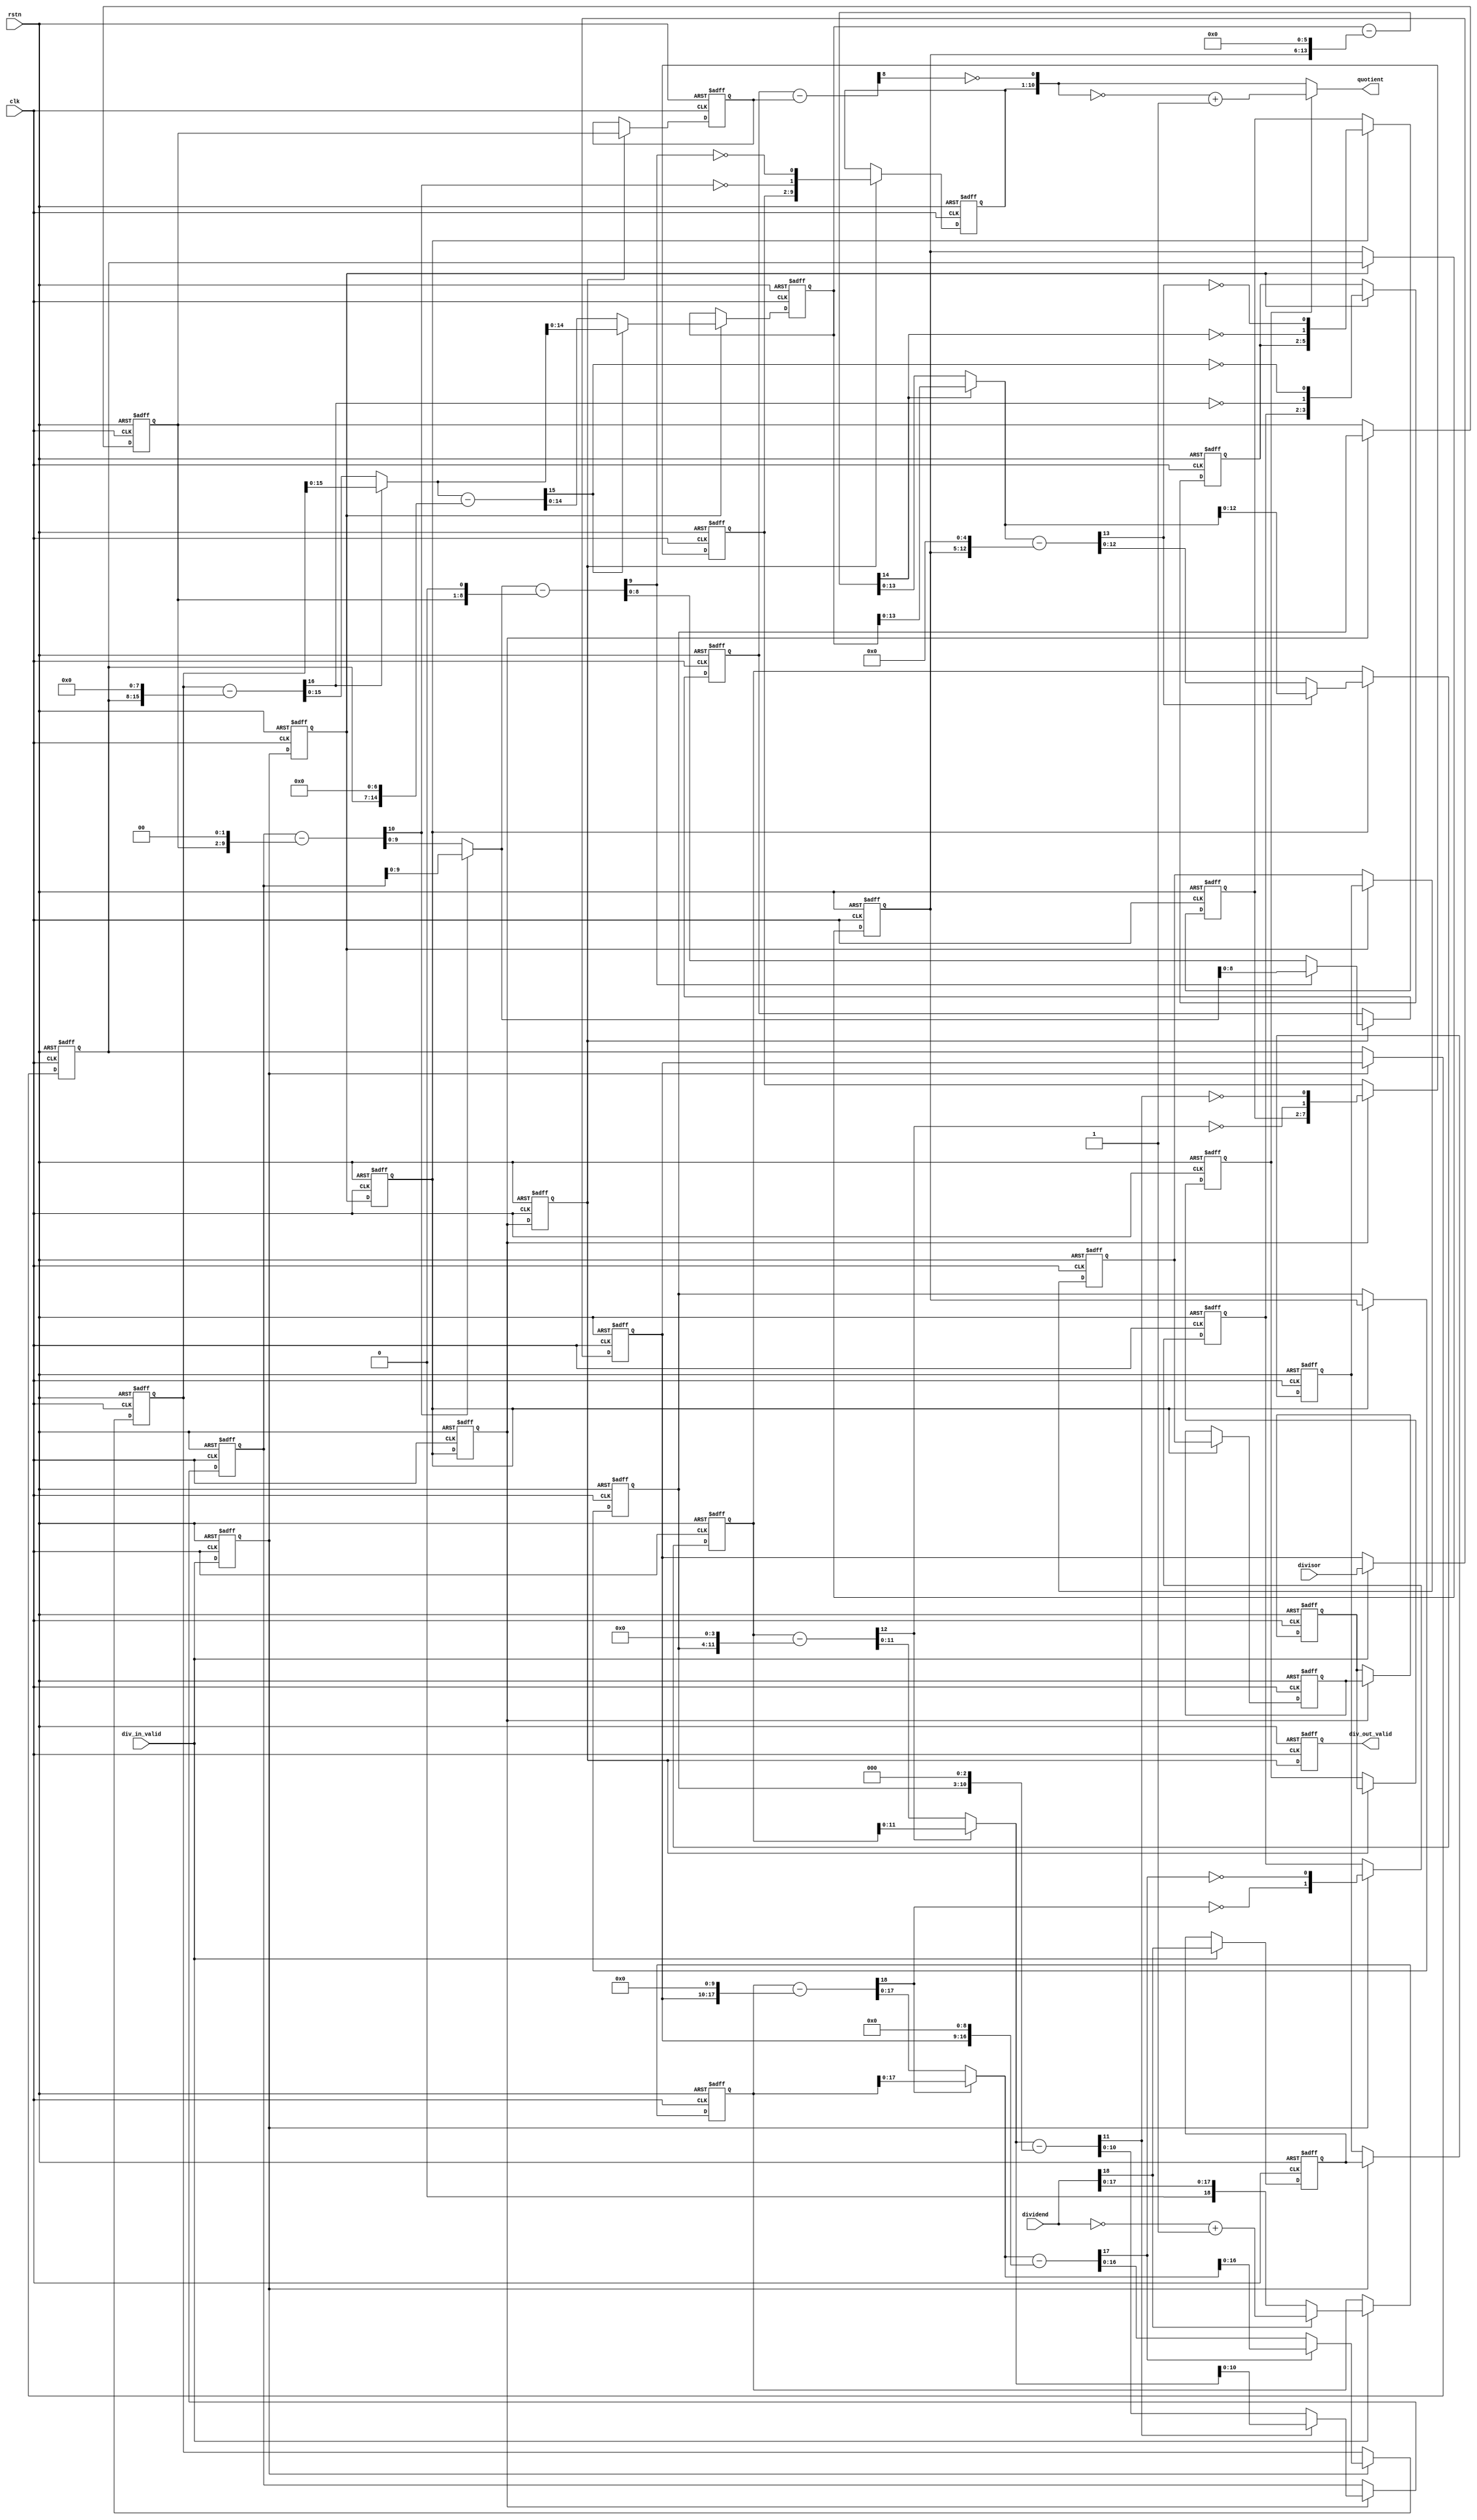
`define DLY #1

module divide(
    // global
    clk               , // <i>  1b, global clock
    rstn              , // <i>  1b, global reset, active low
    // dividend and divisor input
    dividend          , // <i> 19b, dividend input, s18.0
    divisor           , // <i>  8b, divisor input, u8.0
    div_in_valid      , // <i>  1b, dividend and divisor input valid
    // quotient output
    quotient          , // <o> 11b, quotient output, s10.0
    div_out_valid       // <o>  1b, quotient output valid
    );

  // global
  input         clk               ; // <i>  1b, global clock
  input         rstn              ; // <i>  1b, global reset, active low
  // dividend and divisor input
  input  [18:0] dividend          ; // <i> 19b, dividend input, s18.0
  input  [7:0]  divisor           ; // <i>  8b, divisor input, u8.0
  input         div_in_valid      ; // <i>  1b, dividend and divisor input valid
  // quotient output
  output [10:0] quotient          ; // <o> 11b, quotient output, s10.0
  output        div_out_valid     ; // <o>  1b, quotient output valid

  wire          neg_flag          ; // input dividend negative flag

  reg           neg_flag_p1       ; // dividend negative flag in pipeline stage1
  reg    [18:0] dividend_abs_p1   ; // abs of dividend in pipeline stage1
  reg    [7:0]  divisor_p1        ; // divisor in pipeline stage1
  wire   [18:0] diff_p1           ; // diff of dividend_abs and divisor in pipeline stage1
  wire          quotient_p1       ; // quotient calc in pipeline stage1
  reg           div_pipe_valid_p1 ; // divide pipeline stage 1 valid

  wire          neg_flag_p2       ; // dividend negative flag in pipeline stage2
  wire   [17:0] dividend_abs_p2   ; // abs of dividend in pipeline stage2
  wire   [7:0]  divisor_p2        ; // divisor in pipeline stage2
  wire   [17:0] diff_p2           ; // diff of dividend_abs and divisor in pipeline stage2
  wire   [1:0]  quotient_p2       ; // quotient calc in pipeline stage2
  wire          div_pipe_valid_p2 ; // divide pipeline stage 2 valid

  reg           neg_flag_p3       ; // dividend negative flag in pipeline stage3
  reg    [16:0] dividend_abs_p3   ; // abs of dividend in pipeline stage3
  reg    [7:0]  divisor_p3        ; // divisor in pipeline stage3
  reg    [1:0]  quotient_tmp_p3   ; // delay of the previous quotient result in pipeline stage3
  wire   [16:0] diff_p3           ; // diff of dividend_abs and divisor in pipeline stage3
  wire   [2:0]  quotient_p3       ; // quotient calc in pipeline stage3
  reg           div_pipe_valid_p3 ; // divide pipeline stage 3 valid

  wire          neg_flag_p4       ; // dividend negative flag in pipeline stage4
  wire   [15:0] dividend_abs_p4   ; // abs of dividend in pipeline stage4
  wire   [7:0]  divisor_p4        ; // divisor in pipeline stage4
  wire   [15:0] diff_p4           ; // diff of dividend_abs and divisor in pipeline stage4
  wire   [3:0]  quotient_p4       ; // quotient calc in pipeline stage4
  wire          div_pipe_valid_p4 ; // divide pipeline stage 4 valid

  reg           neg_flag_p5       ; // dividend negative flag in pipeline stage5
  reg    [14:0] dividend_abs_p5   ; // abs of dividend in pipeline stage5
  reg    [7:0]  divisor_p5        ; // divisor in pipeline stage5
  reg    [3:0]  quotient_tmp_p5   ; // delay of the previous quotient result in pipeline stage5
  wire   [14:0] diff_p5           ; // diff of dividend_abs and divisor in pipeline stage5
  wire   [4:0]  quotient_p5       ; // quotient calc in pipeline stage5
  reg           div_pipe_valid_p5 ; // divide pipeline stage 5 valid

  wire          neg_flag_p6       ; // dividend negative flag in pipeline stage6
  wire   [13:0] dividend_abs_p6   ; // abs of dividend in pipeline stage6
  wire   [7:0]  divisor_p6        ; // divisor in pipeline stage6
  wire   [13:0] diff_p6           ; // diff of dividend_abs and divisor in pipeline stage6
  wire   [5:0]  quotient_p6       ; // quotient calc in pipeline stage6
  wire          div_pipe_valid_p6 ; // divide pipeline stage 6 valid

  reg           neg_flag_p7       ; // dividend negative flag in pipeline stage7
  reg    [12:0] dividend_abs_p7   ; // abs of dividend in pipeline stage7
  reg    [7:0]  divisor_p7        ; // divisor in pipeline stage7
  reg    [5:0]  quotient_tmp_p7   ; // delay of the previous quotient result in pipeline stage7
  wire   [12:0] diff_p7           ; // diff of dividend_abs and divisor in pipeline stage7
  wire   [6:0]  quotient_p7       ; // quotient calc in pipeline stage7
  reg           div_pipe_valid_p7 ; // divide pipeline stage 7 valid

  wire          neg_flag_p8       ; // dividend negative flag in pipeline stage8
  wire   [11:0] dividend_abs_p8   ; // abs of dividend in pipeline stage8
  wire   [7:0]  divisor_p8        ; // divisor in pipeline stage8
  wire   [11:0] diff_p8           ; // diff of dividend_abs and divisor in pipeline stage8
  wire   [7:0]  quotient_p8       ; // quotient calc in pipeline stage8
  wire          div_pipe_valid_p8 ; // divide pipeline stage 8 valid

  reg           neg_flag_p9       ; // dividend negative flag in pipeline stage9
  reg    [10:0] dividend_abs_p9   ; // abs of dividend in pipeline stage9
  reg    [7:0]  divisor_p9        ; // divisor in pipeline stage9
  reg    [7:0]  quotient_tmp_p9   ; // delay of the previous quotient result in pipeline stage9
  wire   [10:0] diff_p9           ; // diff of dividend_abs and divisor in pipeline stage9
  wire   [8:0]  quotient_p9       ; // quotient calc in pipeline stage9
  reg           div_pipe_valid_p9 ; // divide pipeline stage 9 valid

  wire          neg_flag_p10      ; // dividend negative flag in pipeline stage10
  wire   [9:0]  dividend_abs_p10  ; // abs of dividend in pipeline stage10
  wire   [7:0]  divisor_p10       ; // divisor in pipeline stage10
  wire   [9:0]  diff_p10          ; // diff of dividend_abs and divisor in pipeline stage10
  wire   [9:0]  quotient_p10      ; // quotient calc in pipeline stage10
  wire          div_pipe_valid_p10; // divide pipeline stage 10 valid

  reg           neg_flag_p11      ; // dividend negative flag in pipeline stage11
  reg    [8:0]  dividend_abs_p11  ; // abs of dividend in pipeline stage11
  reg    [7:0]  divisor_p11       ; // divisor in pipeline stage11
  reg    [9:0]  quotient_tmp_p11  ; // delay of the previous quotient result in pipeline stage11
  wire   [8:0]  diff_p11          ; // diff of dividend_abs and divisor in pipeline stage11
  wire   [10:0] quotient_p11      ; // quotient calc in pipeline stage11
  reg           div_pipe_valid_p11; // divide pipeline stage 11 valid

//--------------------------------------------
//    input stage
//--------------------------------------------

  assign neg_flag = dividend[18];

//--------------------------------------------
//    pipeline stage 1
//--------------------------------------------

  always @(posedge clk or negedge rstn) begin
      if (~rstn) begin
          neg_flag_p1     <= `DLY 1'b0;
          dividend_abs_p1 <= `DLY 19'h0;
          divisor_p1      <= `DLY 8'h0;
      end
      else if (div_in_valid) begin
          neg_flag_p1     <= `DLY neg_flag;
          dividend_abs_p1 <= `DLY neg_flag ? (~dividend + 1) : dividend;
          divisor_p1      <= `DLY divisor;
      end
  end

  assign diff_p1     = dividend_abs_p1 - {1'b0, divisor_p1, 10'h0};
  assign quotient_p1 = ~diff_p1[18];

  always @(posedge clk or negedge rstn) begin
      if (~rstn) begin
          div_pipe_valid_p1 <= `DLY 1'b0;
      end
      else begin
          div_pipe_valid_p1 <= `DLY div_in_valid;
      end
  end

//--------------------------------------------
//    pipeline stage 2
//--------------------------------------------

  assign neg_flag_p2       = neg_flag_p1;
  assign dividend_abs_p2   = diff_p1[18] ? dividend_abs_p1[17:0] : diff_p1[17:0];
  assign divisor_p2        = divisor_p1;
  assign diff_p2           = dividend_abs_p2 - {1'b0, divisor_p2, 9'h0};
  assign quotient_p2  = {quotient_p1, ~diff_p2[17]};
  assign div_pipe_valid_p2 = div_pipe_valid_p1;

//--------------------------------------------
//    pipeline stage 3
//--------------------------------------------

  always @(posedge clk or negedge rstn) begin
      if (~rstn) begin
          neg_flag_p3     <= `DLY 1'b0;
          dividend_abs_p3 <= `DLY 17'h0;
          divisor_p3      <= `DLY 8'h0;
          quotient_tmp_p3 <= `DLY 2'h0;
      end
      else if (div_pipe_valid_p2) begin
          neg_flag_p3     <= `DLY neg_flag_p2;
          dividend_abs_p3 <= `DLY diff_p2[17] ? dividend_abs_p2[16:0] : diff_p2[16:0];
          divisor_p3      <= `DLY divisor_p2;
          quotient_tmp_p3 <= `DLY quotient_p2;
      end
  end

  assign diff_p3     = dividend_abs_p3 - {1'b0, divisor_p3, 8'h0};
  assign quotient_p3 = {quotient_tmp_p3, ~diff_p3[16]};

  always @(posedge clk or negedge rstn) begin
      if (~rstn) begin
          div_pipe_valid_p3 <= `DLY 1'b0;
      end
      else begin
          div_pipe_valid_p3 <= `DLY div_pipe_valid_p2;
      end
  end

//--------------------------------------------
//    pipeline stage 4
//--------------------------------------------

  assign neg_flag_p4       = neg_flag_p3;
  assign dividend_abs_p4   = diff_p3[16] ? dividend_abs_p3[15:0] : diff_p3[15:0];
  assign divisor_p4        = divisor_p3;
  assign diff_p4           = dividend_abs_p4 - {1'b0, divisor_p4, 7'h0};
  assign quotient_p4  = {quotient_p3, ~diff_p4[15]};
  assign div_pipe_valid_p4 = div_pipe_valid_p3;

//--------------------------------------------
//    pipeline stage 5
//--------------------------------------------

  always @(posedge clk or negedge rstn) begin
      if (~rstn) begin
          neg_flag_p5     <= `DLY 1'b0;
          dividend_abs_p5 <= `DLY 15'h0;
          divisor_p5      <= `DLY 8'h0;
          quotient_tmp_p5 <= `DLY 4'h0;
      end
      else if (div_pipe_valid_p4) begin
          neg_flag_p5     <= `DLY neg_flag_p4;
          dividend_abs_p5 <= `DLY diff_p4[15] ? dividend_abs_p4[14:0] : diff_p4[14:0];
          divisor_p5      <= `DLY divisor_p4;
          quotient_tmp_p5 <= `DLY quotient_p4;
      end
  end

  assign diff_p5     = dividend_abs_p5 - {1'b0, divisor_p5, 6'h0};
  assign quotient_p5 = {quotient_tmp_p5, ~diff_p5[14]};

  always @(posedge clk or negedge rstn) begin
      if (~rstn) begin
          div_pipe_valid_p5 <= `DLY 1'b0;
      end
      else begin
          div_pipe_valid_p5 <= `DLY div_pipe_valid_p4;
      end
  end

//--------------------------------------------
//    pipeline stage 6
//--------------------------------------------

  assign neg_flag_p6       = neg_flag_p5;
  assign dividend_abs_p6   = diff_p5[14] ? dividend_abs_p5[13:0] : diff_p5[13:0];
  assign divisor_p6        = divisor_p5;
  assign diff_p6           = dividend_abs_p6 - {1'b0, divisor_p6, 5'h0};
  assign quotient_p6  = {quotient_p5, ~diff_p6[13]};
  assign div_pipe_valid_p6 = div_pipe_valid_p5;

//--------------------------------------------
//    pipeline stage 7
//--------------------------------------------

  always @(posedge clk or negedge rstn) begin
      if (~rstn) begin
          neg_flag_p7     <= `DLY 1'b0;
          dividend_abs_p7 <= `DLY 13'h0;
          divisor_p7      <= `DLY 8'h0;
          quotient_tmp_p7 <= `DLY 6'h0;
      end
      else if (div_pipe_valid_p6) begin
          neg_flag_p7     <= `DLY neg_flag_p6;
          dividend_abs_p7 <= `DLY diff_p6[13] ? dividend_abs_p6[12:0] : diff_p6[12:0];
          divisor_p7      <= `DLY divisor_p6;
          quotient_tmp_p7 <= `DLY quotient_p6;
      end
  end

  assign diff_p7          = dividend_abs_p7 - {1'b0, divisor_p7, 4'h0};
  assign quotient_p7 = {quotient_tmp_p7, ~diff_p7[12]};

  always @(posedge clk or negedge rstn) begin
      if (~rstn) begin
          div_pipe_valid_p7 <= `DLY 1'b0;
      end
      else begin
          div_pipe_valid_p7 <= `DLY div_pipe_valid_p6;
      end
  end

//--------------------------------------------
//    pipeline stage 8
//--------------------------------------------

  assign neg_flag_p8       = neg_flag_p7;
  assign dividend_abs_p8   = diff_p7[12] ? dividend_abs_p7[11:0] : diff_p7[11:0];
  assign divisor_p8        = divisor_p7;
  assign diff_p8           = dividend_abs_p8 - {1'b0, divisor_p8, 3'h0};
  assign quotient_p8  = {quotient_p7, ~diff_p8[11]};
  assign div_pipe_valid_p8 = div_pipe_valid_p7;

//--------------------------------------------
//    pipeline stage 9
//--------------------------------------------

  always @(posedge clk or negedge rstn) begin
      if (~rstn) begin
          neg_flag_p9     <= `DLY 1'b0;
          dividend_abs_p9 <= `DLY 11'h0;
          divisor_p9      <= `DLY 8'h0;
          quotient_tmp_p9 <= `DLY 8'h0;
      end
      else if (div_pipe_valid_p8) begin
          neg_flag_p9     <= `DLY neg_flag_p8;
          dividend_abs_p9 <= `DLY diff_p8[11] ? dividend_abs_p8[10:0] : diff_p8[10:0];
          divisor_p9      <= `DLY divisor_p8;
          quotient_tmp_p9 <= `DLY quotient_p8;
      end
  end

  assign diff_p9     = dividend_abs_p9 - {1'b0, divisor_p9, 2'h0};
  assign quotient_p9 = {quotient_tmp_p9, ~diff_p9[10]};

  always @(posedge clk or negedge rstn) begin
      if (~rstn) begin
          div_pipe_valid_p9 <= `DLY 1'b0;
      end
      else begin
          div_pipe_valid_p9 <= `DLY div_pipe_valid_p8;
      end
  end

//--------------------------------------------
//    pipeline stage 10
//--------------------------------------------

  assign neg_flag_p10       = neg_flag_p9;
  assign dividend_abs_p10   = diff_p9[10] ? dividend_abs_p9[9:0] : diff_p9[9:0];
  assign divisor_p10        = divisor_p9;
  assign diff_p10           = dividend_abs_p10 - {1'b0, divisor_p10, 1'h0};
  assign quotient_p10       = {quotient_p9, ~diff_p10[9]};
  assign div_pipe_valid_p10 = div_pipe_valid_p9;

//--------------------------------------------
//    pipeline stage 11
//--------------------------------------------

  always @(posedge clk or negedge rstn) begin
      if (~rstn) begin
          neg_flag_p11     <= `DLY 1'b0;
          dividend_abs_p11 <= `DLY 9'h0;
          divisor_p11      <= `DLY 8'h0;
          quotient_tmp_p11 <= `DLY 10'h0;
      end
      else if (div_pipe_valid_p10) begin
          neg_flag_p11     <= `DLY neg_flag_p10;
          dividend_abs_p11 <= `DLY diff_p10[9] ? dividend_abs_p10[8:0] : diff_p10[8:0];
          divisor_p11      <= `DLY divisor_p10;
          quotient_tmp_p11 <= `DLY quotient_p10;
      end
  end

  assign diff_p11     = dividend_abs_p11 - {1'b0, divisor_p11};
  assign quotient_p11 = {quotient_tmp_p11, ~diff_p11[8]};

  always @(posedge clk or negedge rstn) begin
      if (~rstn) begin
          div_pipe_valid_p11 <= `DLY 1'b0;
      end
      else begin
          div_pipe_valid_p11 <= `DLY div_pipe_valid_p10;
      end
  end

//--------------------------------------------
//    output stage
//--------------------------------------------

  assign quotient = neg_flag_p11 ? (~quotient_p11 + 1) : quotient_p11;
  assign div_out_valid = div_pipe_valid_p11;

endmodule